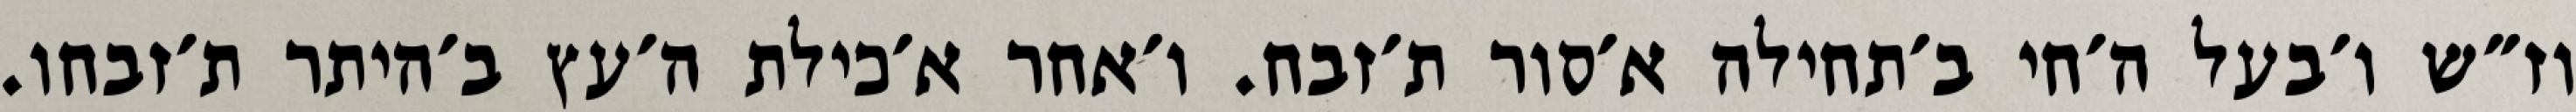
וז״ש ו׳בעל ה׳חי ב׳תחילה א׳סור ת׳זבח. ו׳אחר א׳כילת ה׳עץ ב׳היתר ת׳זבחו.